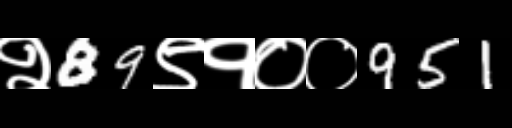
Text: २89९१००951